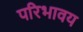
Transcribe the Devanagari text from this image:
परिभावय